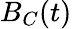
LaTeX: B_{C}(t)